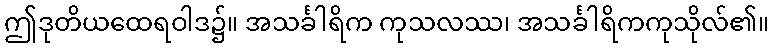
ဤဒုတိယထေရဝါဒ၌။ အသင်္ခါရိက ကုသလဿ၊ အသင်္ခါရိကကုသိုလ်၏။